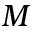
M